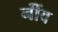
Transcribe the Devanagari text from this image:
नींंव